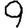
Digit: 9